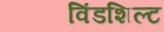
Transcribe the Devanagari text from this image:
विंडशिल्ट